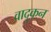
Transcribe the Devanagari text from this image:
वादुकन